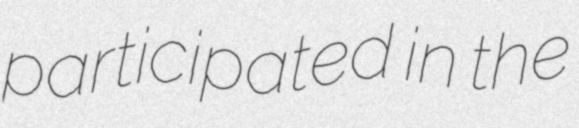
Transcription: participated in the